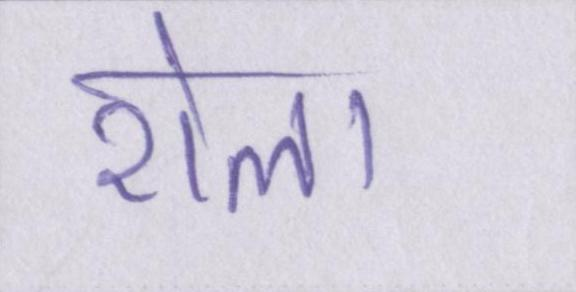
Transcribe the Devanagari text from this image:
रोला